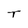
Character: T